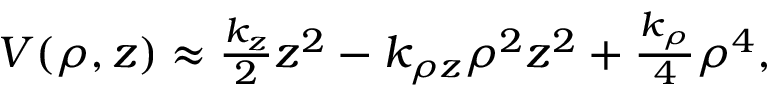
\begin{array} { r } { V ( \rho , z ) \approx \frac { k _ { z } } { 2 } z ^ { 2 } - k _ { \rho z } \rho ^ { 2 } z ^ { 2 } + \frac { k _ { \rho } } { 4 } \rho ^ { 4 } , } \end{array}